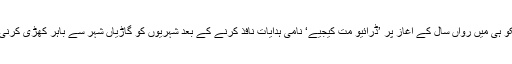
میکسیکو ہی میں رواں سال کے آغاز پر ’ڈرائیو مت کیجیے‘ نامی ہدایات نافذ کرنے کے بعد شہریوں کو گاڑیاں شہر سے باہر کھڑی کرنی پڑیں ۔